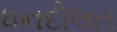
ધનદોલત